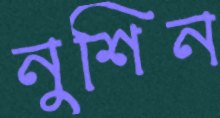
নুশিন